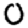
Digit: 0